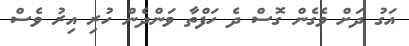
އަގު ދަށް ވެގެން ގޮސް ދެ ހަފްތާ ވަންދެން ހުރި އިރު ވެސް